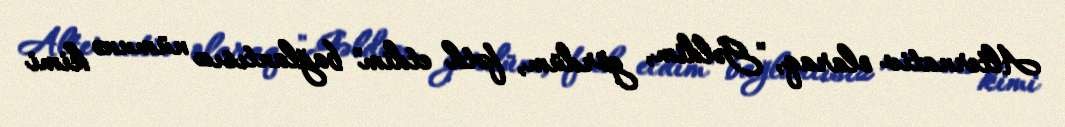
Alternativ olaraq, "Gəldim, gördüm, fəth etdim" bağlantısız nümunə kimi